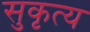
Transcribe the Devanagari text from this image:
सुकृत्य